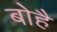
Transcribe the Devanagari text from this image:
बोहै